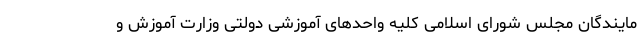
مایندگان مجلس شورای اسلامی کلیه واحدهای آموزشی دولتی وزارت آموزش و